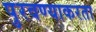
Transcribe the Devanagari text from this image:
पुरवण्याकरता